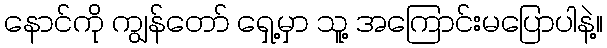
နောင်ကို ကျွန်တော် ရှေ့မှာ သူ့ အကြောင်းမပြောပါနဲ့။